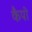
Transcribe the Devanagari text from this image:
कैपो